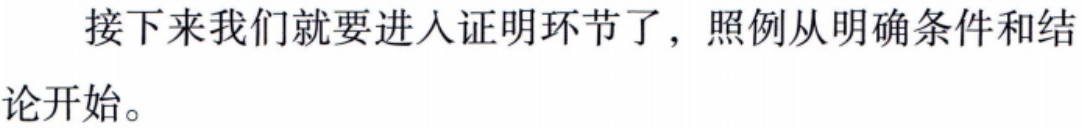
接下来我们就要进入证明环节了，照例从明确条件和结

论开始。